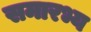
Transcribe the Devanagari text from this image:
समारभ्य